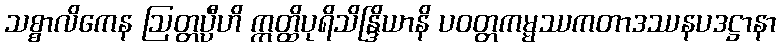
သစ္စာလိကေန ဩတ္တပ္ပီဟိ ဣတ္ထိပုရိသိန္ဒြိယာနိ ပဝတ္တကမ္မဿကတာဒဿနပဒဋ္ဌာနာ